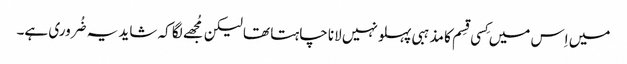
میں اِس میں کِسی قِسم کا مذہبی پہلو نہیں لانا چاہتا تھا لیکن مُجھے لگا کہ شاید یہ ضُروری ہے۔